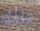
تلك